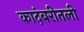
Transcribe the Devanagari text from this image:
कादंबरीतली